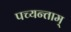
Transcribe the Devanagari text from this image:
पच्यन्ताम्‌